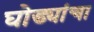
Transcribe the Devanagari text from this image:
घोड्यांचा